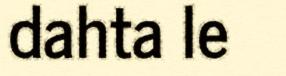
dahta le